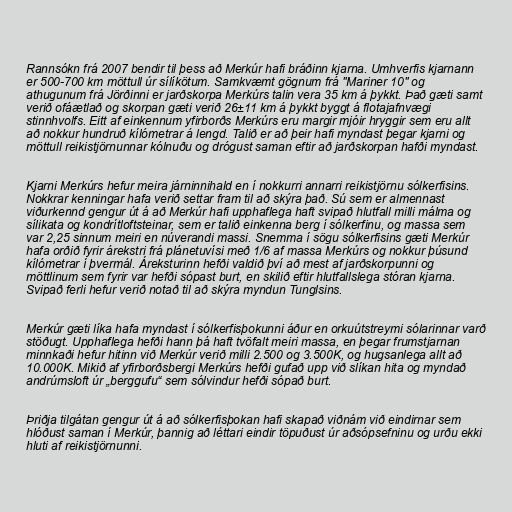
Rannsókn frá 2007 bendir til þess að Merkúr hafi bráðinn kjarna. Umhverfis kjarnann
er 500-700 km möttull úr sílíkötum. Samkvæmt gögnum frá "Mariner 10" og
athugunum frá Jörðinni er jarðskorpa Merkúrs talin vera 35 km á þykkt. Það gæti samt
verið ofáætlað og skorpan gæti verið 26±11 km á þykkt byggt á flotajafnvægi
stinnhvolfs. Eitt af einkennum yfirborðs Merkúrs eru margir mjóir hryggir sem eru allt
að nokkur hundruð kílómetrar á lengd. Talið er að þeir hafi myndast þegar kjarni og
möttull reikistjörnunnar kólnuðu og drógust saman eftir að jarðskorpan hafði myndast.

Kjarni Merkúrs hefur meira járninnihald en í nokkurri annarri reikistjörnu sólkerfisins.
Nokkrar kenningar hafa verið settar fram til að skýra það. Sú sem er almennast
viðurkennd gengur út á að Merkúr hafi upphaflega haft svipað hlutfall milli málma og
sílikata og kondrítloftsteinar, sem er talið einkenna berg í sólkerfinu, og massa sem
var 2,25 sinnum meiri en núverandi massi. Snemma í sögu sólkerfisins gæti Merkúr
hafa orðið fyrir árekstri frá plánetuvísi með 1/6 af massa Merkúrs og nokkur þúsund
kílómetrar í þvermál. Áreksturinn hefði valdið því að mest af jarðskorpunni og
möttlinum sem fyrir var hefði sópast burt, en skilið eftir hlutfallslega stóran kjarna.
Svipað ferli hefur verið notað til að skýra myndun Tunglsins.

Merkúr gæti líka hafa myndast í sólkerfisþokunni áður en orkuútstreymi sólarinnar varð
stöðugt. Upphaflega hefði hann þá haft tvöfalt meiri massa, en þegar frumstjarnan
minnkaði hefur hitinn við Merkúr verið milli 2.500 og 3.500K, og hugsanlega allt að
10.000K. Mikið af yfirborðsbergi Merkúrs hefði gufað upp við slíkan hita og myndað
andrúmsloft úr „berggufu“ sem sólvindur hefði sópað burt.

Þriðja tilgátan gengur út á að sólkerfisþokan hafi skapað viðnám við eindirnar sem
hlóðust saman í Merkúr, þannig að léttari eindir töpuðust úr aðsópsefninu og urðu ekki
hluti af reikistjörnunni.